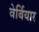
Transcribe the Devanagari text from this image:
वेर्बियार